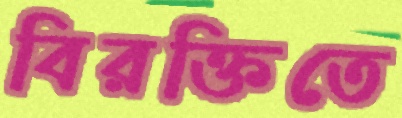
বিরক্তিতে